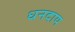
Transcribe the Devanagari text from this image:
धनदाय